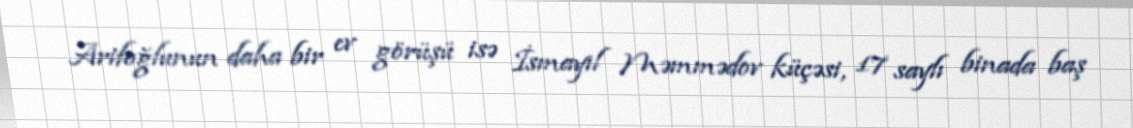
Arifoğlunun daha bir ev görüşü isə İsmayıl Məmmədov küçəsi, 17 saylı binada baş